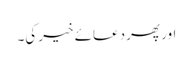
اور پھر دعائے خیر کی۔